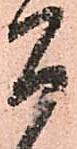
間